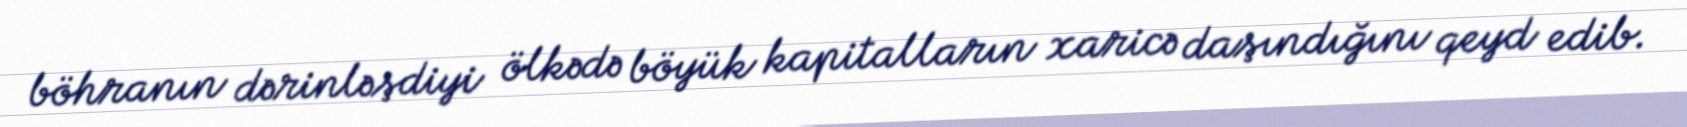
böhranın dərinləşdiyi ölkədə böyük kapitalların xaricə daşındığını qeyd edib.